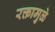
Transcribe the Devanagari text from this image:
रक्तामुळे